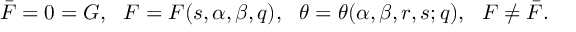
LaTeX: \bar { \cal F } = 0 = { \cal G } , \ \ { \cal F } = { \cal F } ( s , \alpha , \beta , q ) , \ \ \theta = \theta ( \alpha , \beta , r , s ; q ) , \ \ { \cal F } \not = \bar { \cal F } .